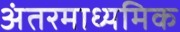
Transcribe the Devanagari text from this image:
अंतरमाध्यमिक